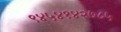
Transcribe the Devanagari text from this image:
९४५४१४२७८५